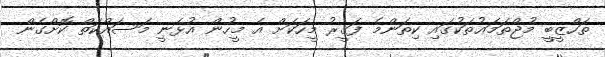
ތަހްޒީބީ މުޖްތަމަޢުތަކުގައި ކިތަންމެ ފަގީރު މީހަކަށް އެ މީހުން އުޅެނީ މަސައްކަތް ކޮށްގެން